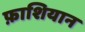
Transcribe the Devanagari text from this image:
फ़ाशियान